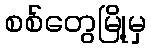
စစ်တွေမြို့မှ